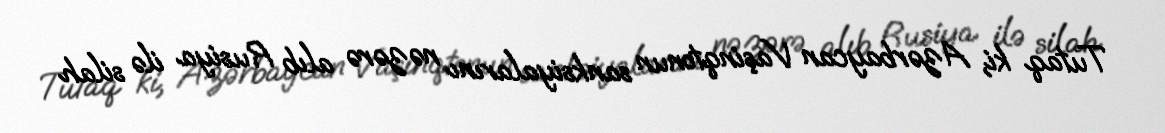
Tutaq ki, Azərbaycan Vaşinqtonun sanksiyalarını nəzərə alıb Rusiya ilə silah